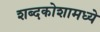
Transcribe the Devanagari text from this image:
शब्दकोशामध्ये